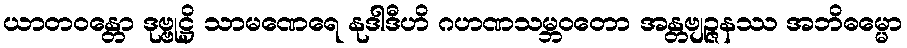
ယာတဝန္တော ဒုဗ္ဗုဋ္ဌိ သာမဏေရေ နုဒါဒီဟိ ဂဟဏသမ္ဘဝတော အန္တဗျဉ္ဇနဿ အဘိဓမ္မော